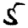
Digit: 5